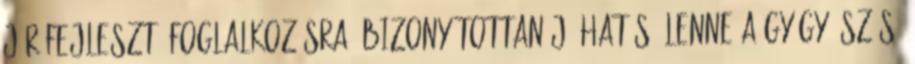
jár fejlesztő foglalkozásra. Bizonyítottan jó hatású lenne a gyógy-úszás,